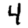
Digit: 4